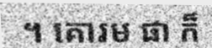
។ គោរម ផា ក៏